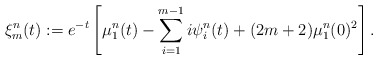
\begin{align*}\xi^{n}_m(t):=e^{-t} \left[\mu^{n}_1(t)-\sum_{i=1}^{m-1} i\psi^{n}_i(t) +(2m+2)\mu^{n}_1(0)^2\right].\end{align*}